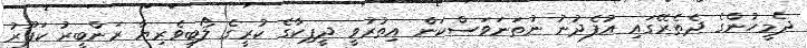
ދެމީހުންގެ ދެތެރޭގައި އުފެދުނު ނުތަނަވަސްކަން އިތުރުވީ ދީޕިކާގެ ކުރީގެ ލޯބިވެރިޔާ ރަންބީރު ކަޕޫރު